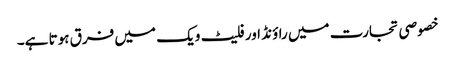
خصوصی تجارت میں راؤنڈ اور فلیٹ ویک میں فرق ہوتا ہے۔